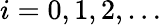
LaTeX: i=0,1,2,\dots